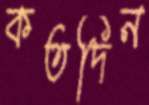
কতদিন